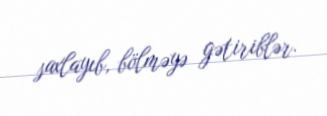
saxlayıb, bölməyə gətiriblər.